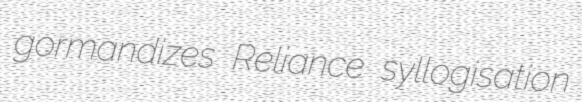
gormandizes Reliance syllogisation